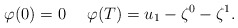
\begin{align*} \varphi(0)=0\ \ \ \ \varphi(T)=u_1-\zeta^0-\zeta^1. \end{align*}